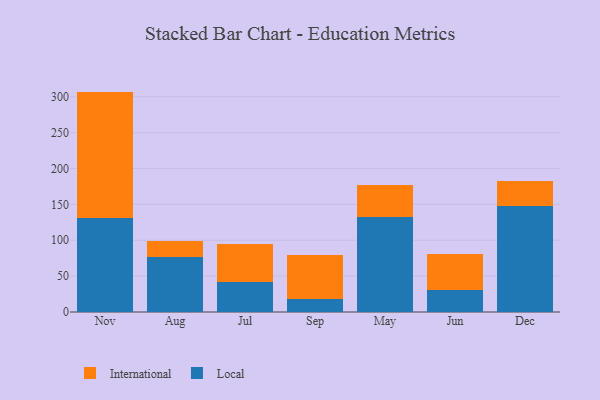
{"axis": {"x": "Month", "y": "Budget (USD K)"}, "legend": ["International", "Local"], "data": [{"x": "Nov", "y": 130.7, "type": "Local"}, {"x": "Nov", "y": 176.5, "type": "International"}, {"x": "Aug", "y": 76.1, "type": "Local"}, {"x": "Aug", "y": 23.0, "type": "International"}, {"x": "Jul", "y": 41.3, "type": "Local"}, {"x": "Jul", "y": 53.0, "type": "International"}, {"x": "Sep", "y": 17.7, "type": "Local"}, {"x": "Sep", "y": 62.2, "type": "International"}, {"x": "May", "y": 132.0, "type": "Local"}, {"x": "May", "y": 44.4, "type": "International"}, {"x": "Jun", "y": 31.1, "type": "Local"}, {"x": "Jun", "y": 49.1, "type": "International"}, {"x": "Dec", "y": 147.1, "type": "Local"}, {"x": "Dec", "y": 36.1, "type": "International"}]}